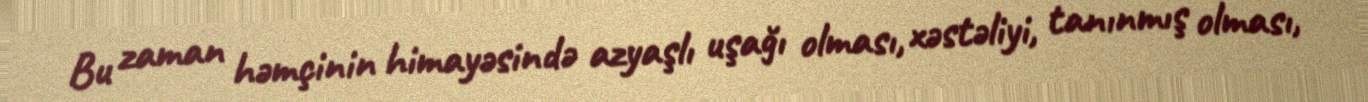
Bu zaman həmçinin himayəsində azyaşlı uşağı olması, xəstəliyi, tanınmış olması,